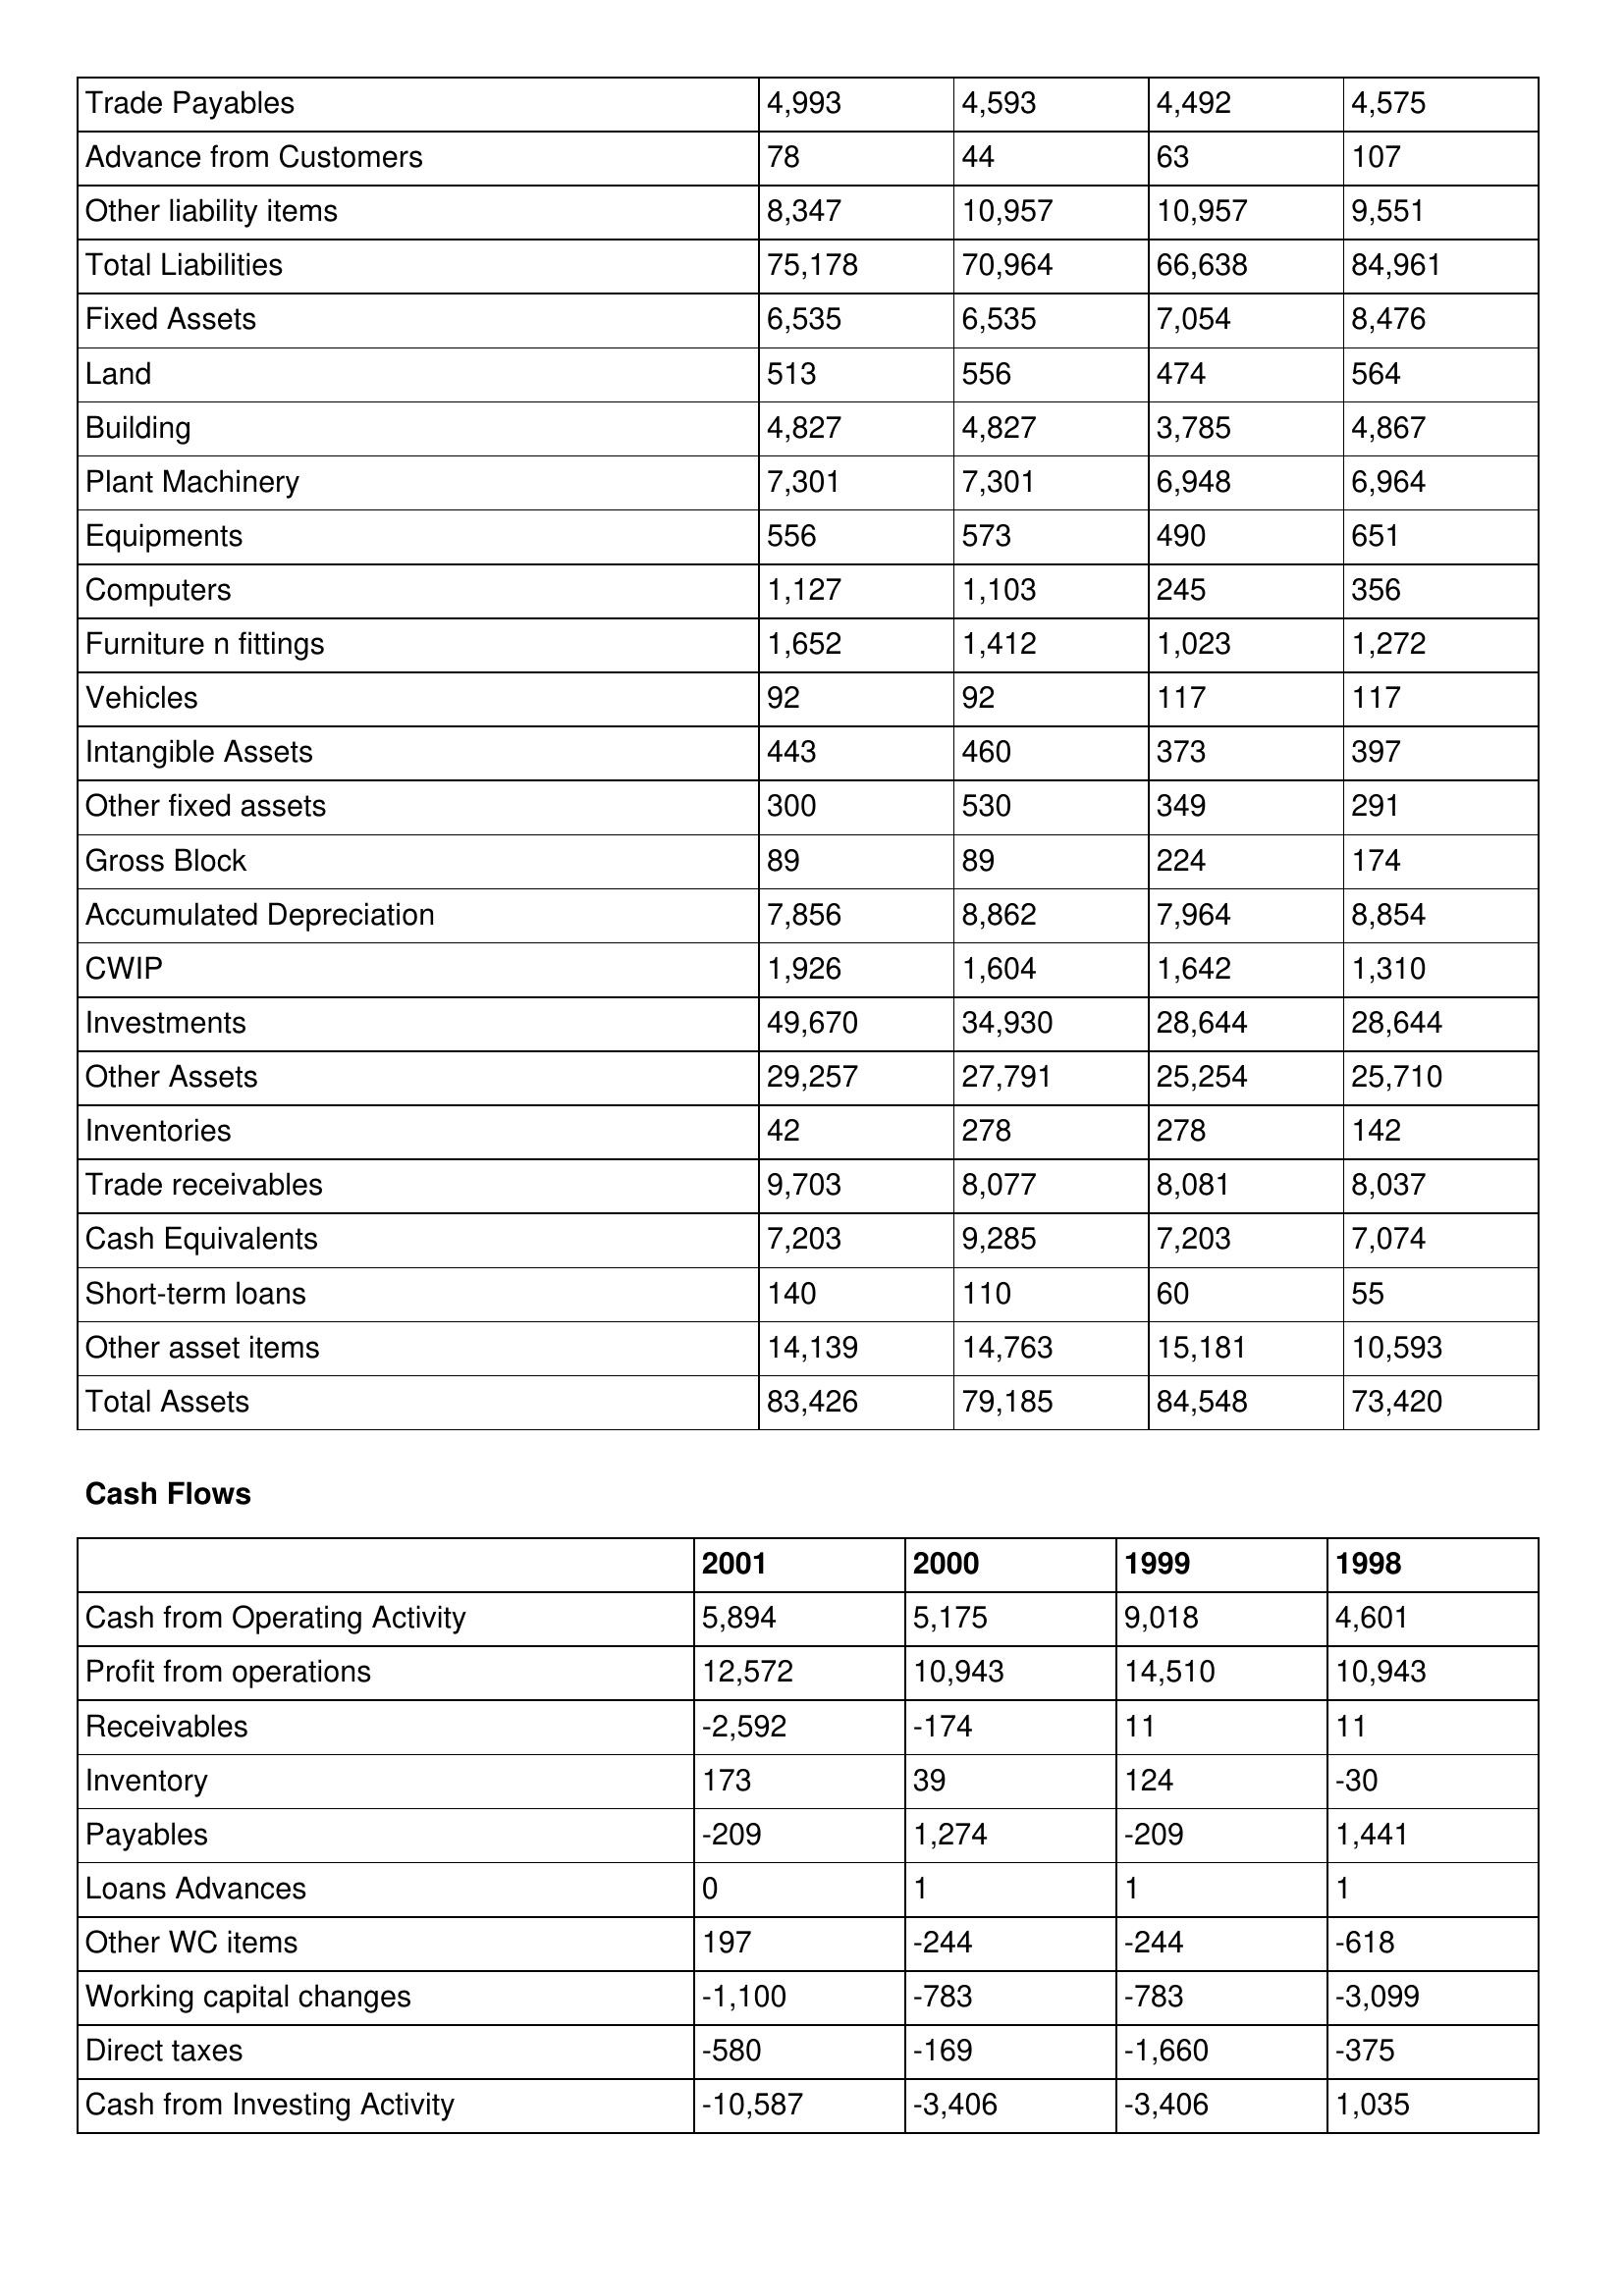
gt_parse: 2001: Balance Sheet: Trade Payables: 4,993
Advance from Customers: 78
Other liability items: 8,347
Total Liabilities: 75,178
Fixed Assets: 6,535
Land: 513
Building: 4,827
Plant Machinery: 7,301
Equipments: 556
Computers: 1,127
Furniture n fittings: 1,652
Vehicles: 92
Intangible Assets: 443
Other fixed assets: 300
Gross Block: 89
Accumulated Depreciation: 7,856
CWIP: 1,926
Investments: 49,670
Other Assets: 29,257
Inventories: 42
Trade receivables: 9,703
Cash Equivalents: 7,203
Short-term loans: 140
Other asset items: 14,139
Total Assets: 83,426
Cash Flows: Cash from Operating Activity: 5,894
Profit from operations: 12,572
Receivables: -2,592
Inventory: 173
Payables: -209
Loans Advances: 0
Other WC items: 197
Working capital changes: -1,100
Direct taxes: -580
Cash from Investing Activity: -10,587
2000: Balance Sheet: Trade Payables: 4,593
Advance from Customers: 44
Other liability items: 10,957
Total Liabilities: 70,964
Fixed Assets: 6,535
Land: 556
Building: 4,827
Plant Machinery: 7,301
Equipments: 573
Computers: 1,103
Furniture n fittings: 1,412
Vehicles: 92
Intangible Assets: 460
Other fixed assets: 530
Gross Block: 89
Accumulated Depreciation: 8,862
CWIP: 1,604
Investments: 34,930
Other Assets: 27,791
Inventories: 278
Trade receivables: 8,077
Cash Equivalents: 9,285
Short-term loans: 110
Other asset items: 14,763
Total Assets: 79,185
Cash Flows: Cash from Operating Activity: 5,175
Profit from operations: 10,943
Receivables: -174
Inventory: 39
Payables: 1,274
Loans Advances: 1
Other WC items: -244
Working capital changes: -783
Direct taxes: -169
Cash from Investing Activity: -3,406
1999: Balance Sheet: Trade Payables: 4,492
Advance from Customers: 63
Other liability items: 10,957
Total Liabilities: 66,638
Fixed Assets: 7,054
Land: 474
Building: 3,785
Plant Machinery: 6,948
Equipments: 490
Computers: 245
Furniture n fittings: 1,023
Vehicles: 117
Intangible Assets: 373
Other fixed assets: 349
Gross Block: 224
Accumulated Depreciation: 7,964
CWIP: 1,642
Investments: 28,644
Other Assets: 25,254
Inventories: 278
Trade receivables: 8,081
Cash Equivalents: 7,203
Short-term loans: 60
Other asset items: 15,181
Total Assets: 84,548
Cash Flows: Cash from Operating Activity: 9,018
Profit from operations: 14,510
Receivables: 11
Inventory: 124
Payables: -209
Loans Advances: 1
Other WC items: -244
Working capital changes: -783
Direct taxes: -1,660
Cash from Investing Activity: -3,406
1998: Balance Sheet: Trade Payables: 4,575
Advance from Customers: 107
Other liability items: 9,551
Total Liabilities: 84,961
Fixed Assets: 8,476
Land: 564
Building: 4,867
Plant Machinery: 6,964
Equipments: 651
Computers: 356
Furniture n fittings: 1,272
Vehicles: 117
Intangible Assets: 397
Other fixed assets: 291
Gross Block: 174
Accumulated Depreciation: 8,854
CWIP: 1,310
Investments: 28,644
Other Assets: 25,710
Inventories: 142
Trade receivables: 8,037
Cash Equivalents: 7,074
Short-term loans: 55
Other asset items: 10,593
Total Assets: 73,420
Cash Flows: Cash from Operating Activity: 4,601
Profit from operations: 10,943
Receivables: 11
Inventory: -30
Payables: 1,441
Loans Advances: 1
Other WC items: -618
Working capital changes: -3,099
Direct taxes: -375
Cash from Investing Activity: 1,035